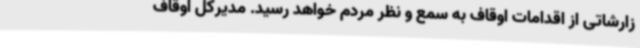
زارشاتی از اقدامات اوقاف به سمع و نظر مردم خواهد رسید. مدیرکل اوقاف